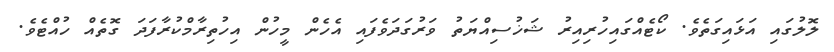
ލޮލުގައި އަޅައިގަތެވެ. ކޯޓެއްގައިހުރިއިރު ޝަޚުސިއްޔަތު ވަރުގަދަވެފައި އެހެން މީހުން އިހުތިރާމްކުރާފަދަ ގޮތެއް ހުއްޓެވެ.